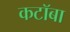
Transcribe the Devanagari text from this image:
कटॉबा